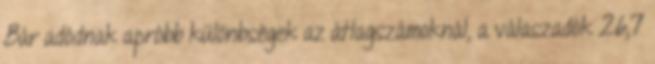
Bár adódnak apróbb különbségek az átlagszámoknál, a válaszadók 26,7